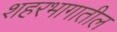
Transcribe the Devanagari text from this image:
शहरभागातील